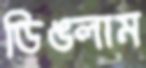
ডিঙলাম